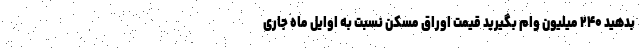
بدهید ۲۴۰ میلیون وام بگیرید قیمت اوراق مسکن نسبت به اوایل ماه جاری